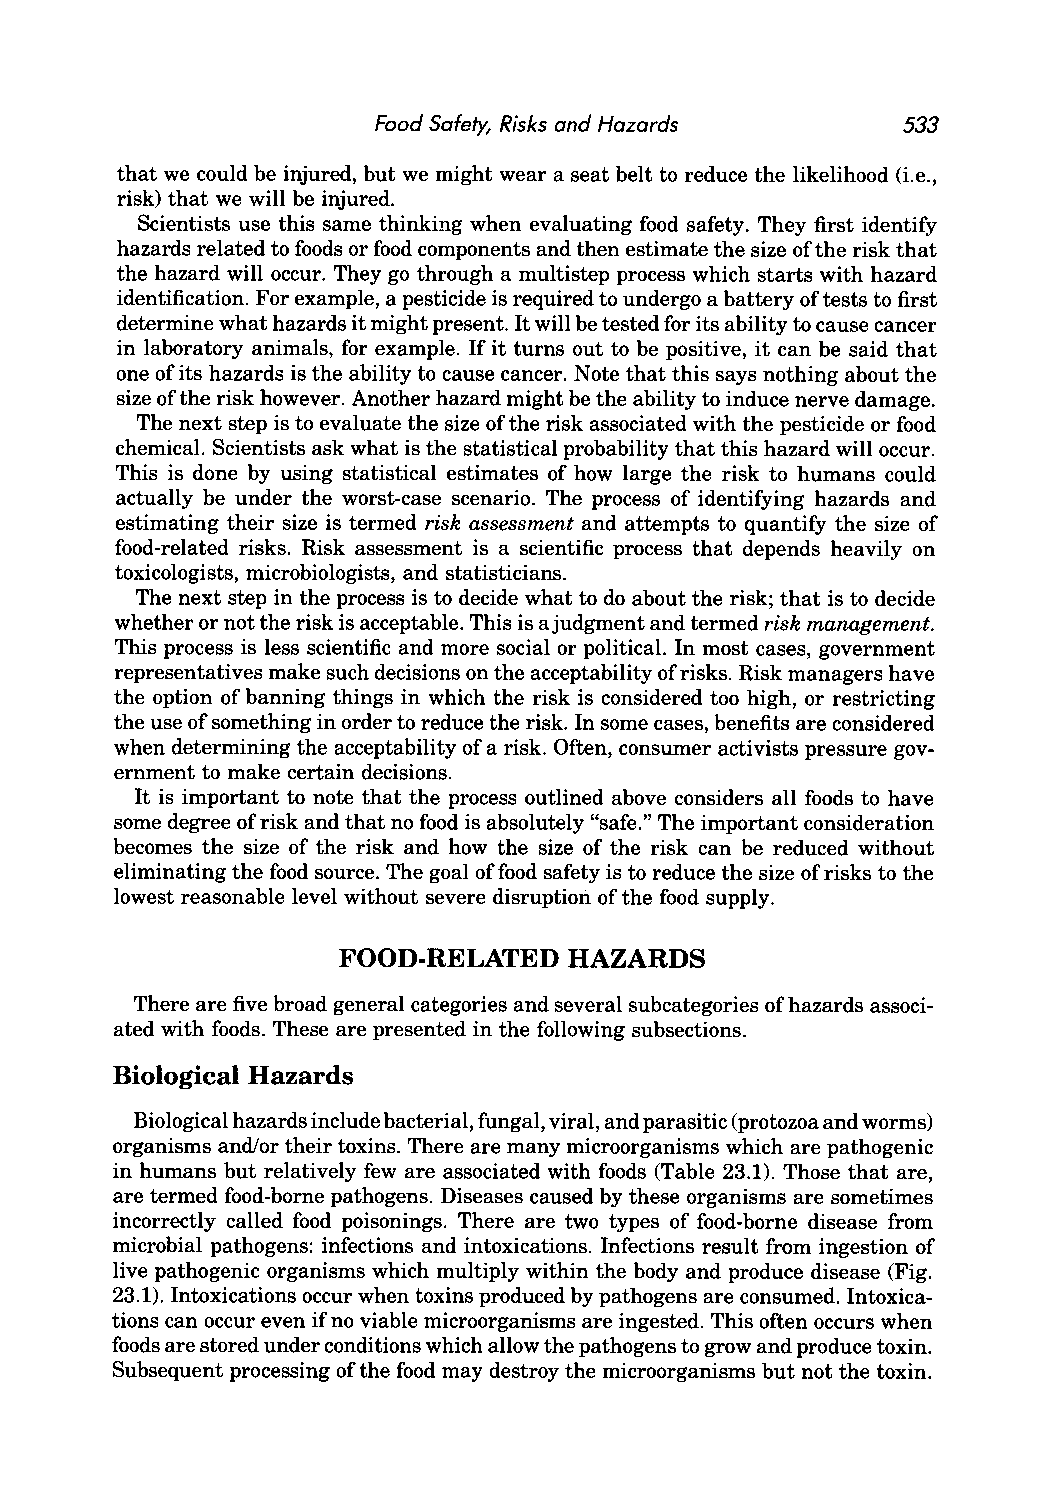
Food Safety, Risks and Hazards     533
 that we could be injured, but we might wear a seat belt to reduce the likelihood (i.e.,
 risk) that we will be injured.
 Scientists use this same thinking when evaluating food safety. They first identify
 hazards related to foods or food components and then estimate the size of the risk that
 the hazard will occur. They go through a multistep process which starts with hazard
 identification. For example, a pesticide is required to undergo a battery of tests to first
 determine what hazards it might present. It will be tested for its ability to cause cancer
 in laboratory animals, for example. If it turns out to be positive, it can be said that
 one of its hazards is the ability to cause cancer. Note that this says nothing about the
 size of the risk however. Another hazard might be the ability to induce nerve damage.
 The next step is to evaluate the size ofthe risk associated with the pesticide or food
 chemical. Scientists ask what is the statistical probability that this hazard will occur.
 This is done by using statistical estimates of how large the risk to humans could
 actually be under the worst-case scenario. The process of identifying hazards and
 estimating their size is termed risk assessment and attempts to quantify the size of
 food-related risks. Risk assessment is a scientific process that depends heavily on
 toxicologists, microbiologists, and statisticians.
 The next step in the process is to decide what to do about the risk; that is to decide
 whether or not the risk is acceptable. This is a judgment and termed risk management.
 This process is less scientific and more social or political. In most cases, government
 representatives make such decisions on the acceptability of risks. Risk managers have
 the option of banning things in which the risk is considered too high, or restricting
 the use of something in order to reduce the risk. In some cases, benefits are considered
 when determining the acceptability of a risk. Often, consumer activists pressure gov
 ernment to make certain decisions.
 It is important to note that the process outlined above considers all foods to have
 some degree of risk and that no food is absolutely "safe." The important consideration
 becomes the size of the risk and how the size of the risk can be reduced without
 eliminating the food source. The goal of food safety is to reduce the size of risks to the
 lowest reasonable level without severe disruption of the food supply.
 FOOD-RELATED    HAZARDS
 There are five broad general categories and several subcategories of hazards associ
 ated with foods. These are presented in the following subsections.
 Biological Hazards
 Biological hazards include bacterial, fungal, viral, and parasitic (protozoa and worms)
 organisms and/or their toxins. There are many microorganisms which are pathogenic
 in humans but relatively few are associated with foods (Table 23.1). Those that are,
 are termed food-borne pathogens. Diseases caused by these organisms are sometimes
 incorrectly called food poisonings. There are two types of food-borne disease from
 microbial pathogens: infections and intoxications. Infections result from ingestion of
 live pathogenic organisms which multiply within the body and produce disease (Fig.
 23.1). Intoxications occur when toxins produced by pathogens are consumed. Intoxica
 tions can occur even if no viable microorganisms are ingested. This often occurs when
 foods are stored under conditions which allow the pathogens to grow and produce toxin.
 Subsequent processing of the food may destroy the microorganisms but not the toxin.